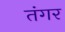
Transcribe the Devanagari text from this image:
तंगर